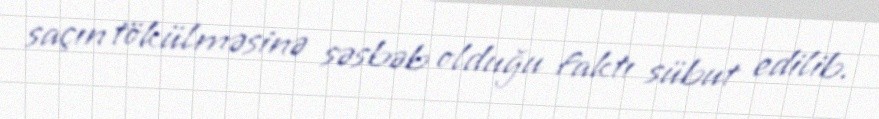
saçın tökülməsinə səsbəb olduğu faktı sübut edilib.